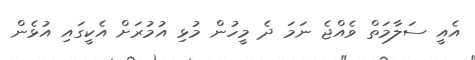
އެއީ ސަލާމަތް ވެއްޖެ ނަމަ ދެ މީހުން މުޅި އުމުރަށް އެކީގައި އުޅެން